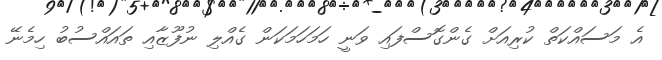
އެ މަސައްކަތް ކުރިއަށް ގެންގޮސްފައި ވަނީ ހަމަހަމަކަން ގެއްލި ނުފޫޒާއި ތައައްސުބު ހިމެނޭ